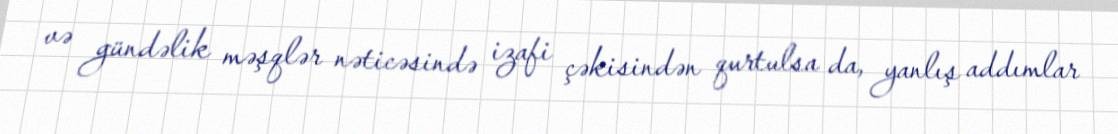
və gündəlik məşqlər nəticəsində izafi çəkisindən qurtulsa da, yanlış addımlar